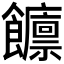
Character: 𲋡